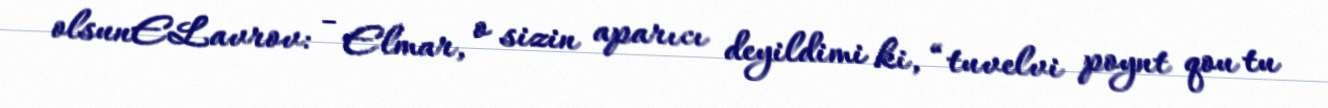
olsunELavrov: - Elmar, o sizin aparıcı deyildimi ki, “tuvelvi poynt qou tu